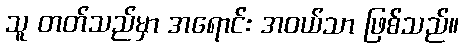
သူ တတ်သည်မှာ အရောင်း အဝယ်သာ ဖြစ်သည်။